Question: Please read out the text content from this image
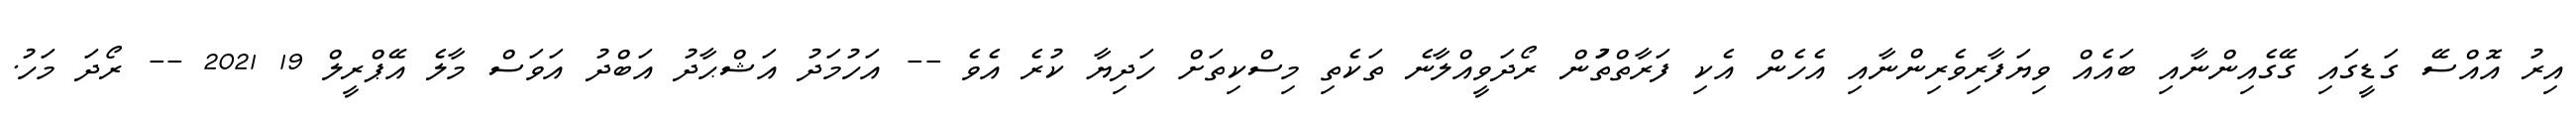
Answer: އިރު އޮއްސޭ ގަޑީގައި ގޭގެއިންނާއި ބައެއް ވިޔަފާރިވެރިންނާއި އެހެން އެކި ފަރާތްތަުން ރޯދަވީއްލާނެ ތަކެތި މިސްކިތަށް ހަދިޔާ ކުރެ އެވެ -- އަހުމަދު އަޝްޙާދު އަބްދު އަވަސް މާލެ އޭޕްރީލް 19 2021 -- ރޯދަ މަހު.